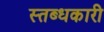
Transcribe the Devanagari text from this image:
स्‍तब्‍धकारी